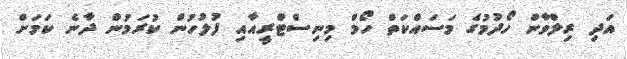
އަދި ރިލްވާން ހޯދުމުގެ މަސައްކަތް ހޯމް މިނިސްޓްރީއާއި ފުލުހުން ކުރަމުން ދާނެ ކަމަށް